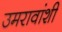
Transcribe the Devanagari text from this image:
उमरावांशी